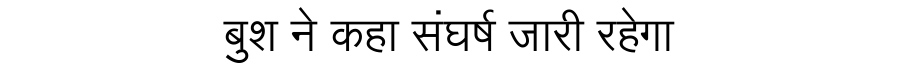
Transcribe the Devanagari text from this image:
बुश ने कहा संघर्ष जारी रहेगा